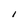
Character: l